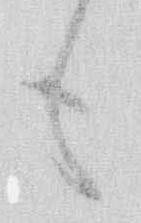
も